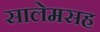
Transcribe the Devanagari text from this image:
सालेमसह